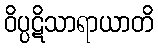
ဝိပ္ပဋိသာရာယာတိ